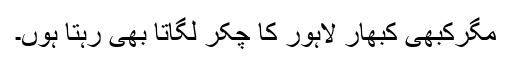
مگرکبھی کبھار لاہور کا چکر لگاتا بھی رہتا ہُوں۔